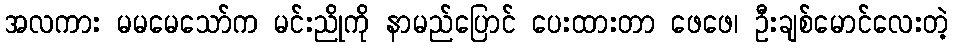
အလကား မမမေသော်က မင်းညိုကို နာမည်ပြောင် ပေးထားတာ ဖေဖေ၊ ဦးချစ်မောင်လေးတဲ့